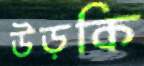
উড়কি